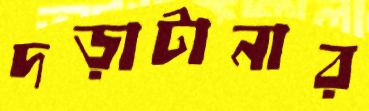
দড়াটানার